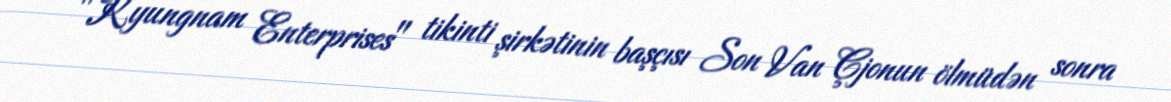
"Kyungnam Enterprises" tikinti şirkətinin başçısı Son Van Çjonun ölmüdən sonra